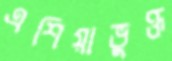
এশিয়াভুক্ত